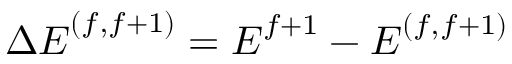
\boldsymbol { \Delta E } ^ { ( f , f + 1 ) } = \boldsymbol { E } ^ { f + 1 } - \boldsymbol { E } ^ { ( f , f + 1 ) }